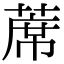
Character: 蓆